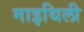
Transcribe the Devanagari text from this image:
माइथिली